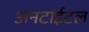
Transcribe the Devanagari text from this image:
अनटाईटल